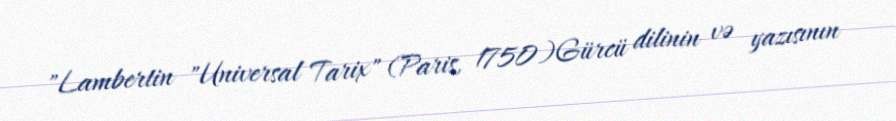
"Lambertin "Universal Tarix" (Paris, 1750)Gürcü dilinin və yazısının